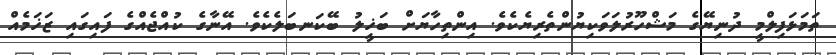
ތަމަޅަފިލްމީ ދުނިޔޭގެ މަޝްހޫރުލަވަކިޔުންތެރިޔެކެވެ. އިންތިހާޔަށް ބަޚީލު ބޭކަނބަލެކެވެ. އޭނާގެ ކުއްޖެއްގެ ފައިގައި ޒަޚަމެއް